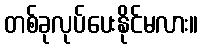
တစ်ခုလုပ်ပေးနိုင်မလား။